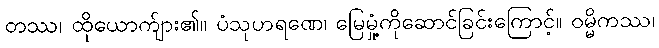
တဿ၊ ထိုယောက်ျား၏။ ပံသုဟရဏေ၊ မြေမှုံ့ကိုဆောင်ခြင်းကြောင့်။ ဝမ္မိကဿ၊